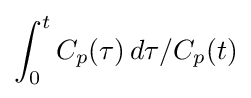
\int _{0}^{t}C_{p}(\tau )\,d\tau /C_{p}(t)